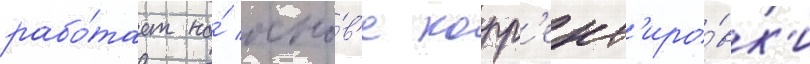
рабо́тает на́ осно́в'е корр'ект'иро́вк'и